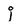
Character: j